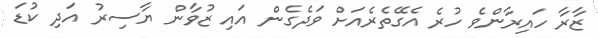
ޒާރާ ހައިރާންވެ ހުރެ އެގޭތެރެއަށް ވަދެގެން އައި ޒުވާން ޔާސިރު އަދި ކުޑަ